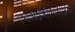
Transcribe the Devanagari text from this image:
एचआईवीएचआईवी